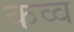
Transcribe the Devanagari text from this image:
कव्व